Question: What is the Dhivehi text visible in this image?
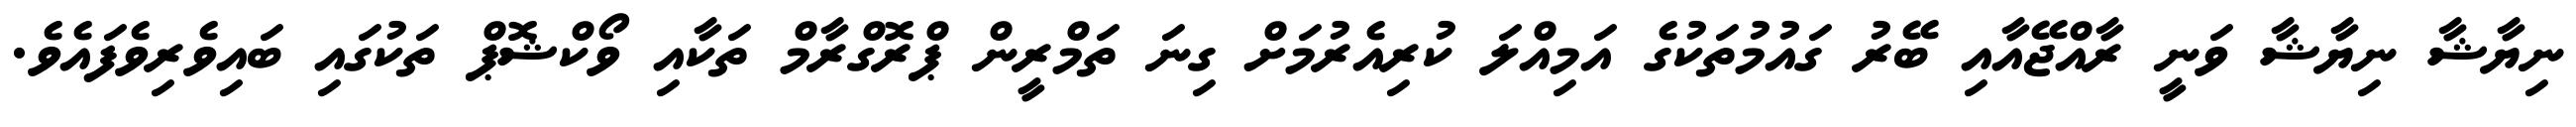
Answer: ނިޔާޝާ ނިޔާޝާ ވަނީ ރާއްޖޭއާއި ބޭރު ގައުމުތަކުގެ އަމިއްލަ ކުރިއެރުމަށް ގިނަ ތަމްރީން ޕްރޮގްރާމް ތަކާއި ވޯކްޝޮޕް ތަކުގައި ބައިވެރިވެފައެވެ.